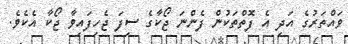
ވައްތަރުގެ އަދި އެ ފޮތްތަކުން ފެންނަ ޖޯކާގެ ސިފަ ޖެހިފައިވާ ޖޯކާ އެކެވެ.